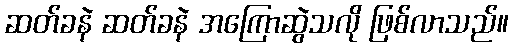
ဆတ်ခနဲ ဆတ်ခနဲ အကြောဆွဲသလို ဖြစ်လာသည်။